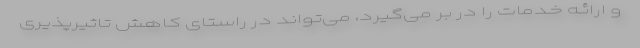
و ارائـه خـدمات را در بر می‌گیرد، می‌تواند در راستای کاهش تاثیرپذیری